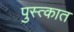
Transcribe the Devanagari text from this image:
पुस्त्कात